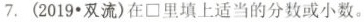
7.(2019∙双流)在\Box里填上适当的分数或小数。